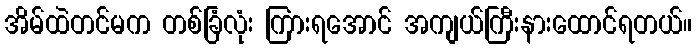
အိမ်ထဲတင်မက တစ်ခြံလုံး ကြားရအောင် အကျယ်ကြီးနားထောင်ရတယ်။